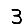
Digit: 3